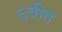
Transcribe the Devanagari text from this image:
६वीत